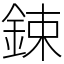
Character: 鋉